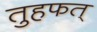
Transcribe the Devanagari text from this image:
तुहफत्